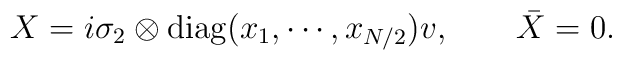
X = i\sigma_{2} \otimes {\rm diag}(x_{1}, \cdots, x_{N/2}) v ,	\qquad \bar{X}=0.